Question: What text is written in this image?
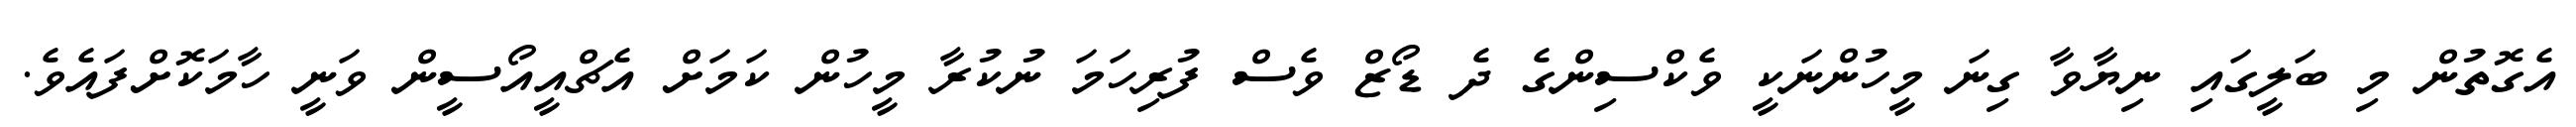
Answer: އެގޮތުން މި ބަލީގައި ނިޔާވާ ގިނަ މީހުންނަކީ ވެކްސިންގެ ދެ ޑޯޒް ވެސް ފުރިހަމަ ނުކުރާ މީހުން ކަމަށް އެޗްއީއޯސީން ވަނީ ހާމަކޮށްފައެވެ.